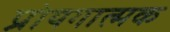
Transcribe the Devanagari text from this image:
प्रोयगात्मक